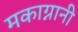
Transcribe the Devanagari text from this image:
मकाग्नानी